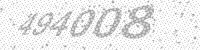
Solution: 494008